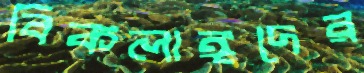
বিকলাঙ্গদের